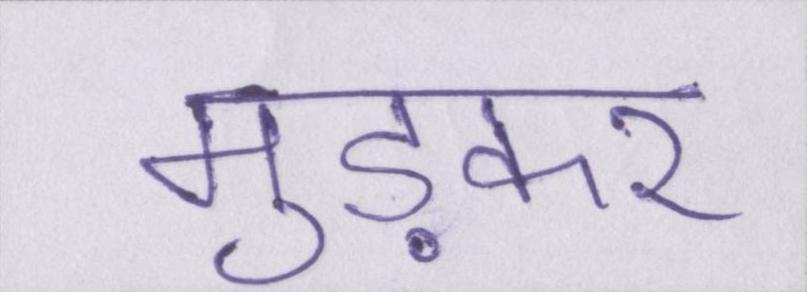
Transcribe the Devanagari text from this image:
मुड़कर